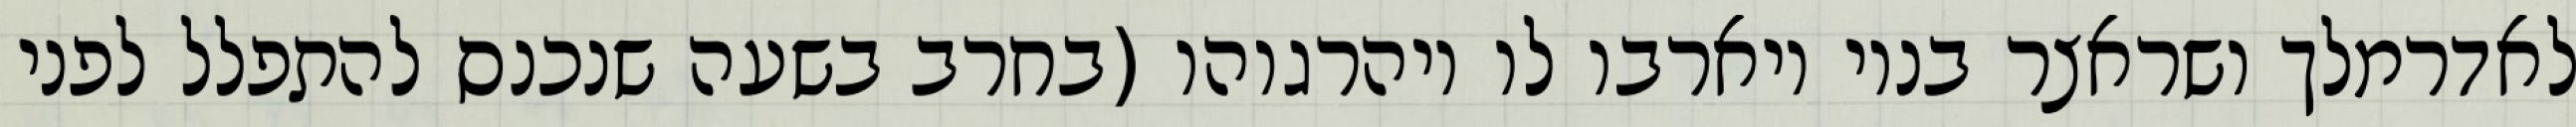
לאדרמלך ושראצר בניו ויארבו לו ויהרגוהו (בחרב בשעה שנכנס להתפלל לפני